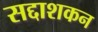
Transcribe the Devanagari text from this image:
सद्दाशकन